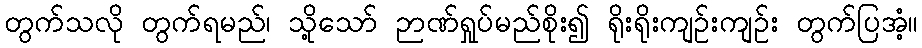
တွက်သလို တွက်ရမည်၊ သို့သော် ဉာဏ်ရှုပ်မည်စိုး၍ ရိုးရိုးကျဉ်းကျဉ်း တွက်ပြအံ့။